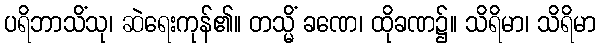
ပရိဘာသိံသု၊ ဆဲရေးကုန်၏။ တသ္မိံ ခဏေ၊ ထိုခဏ၌။ သိရိမာ၊ သိရိမာ